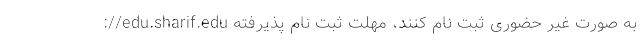
://edu.sharif.edu به صورت غیر حضوری ثبت نام کنند، مهلت ثبت نام پذیرفته